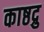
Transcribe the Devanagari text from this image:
काष्ठद्रु